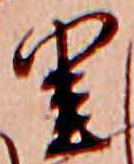
里